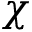
\chi